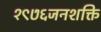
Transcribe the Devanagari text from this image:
१९७६जनशक्ति